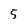
Character: 5